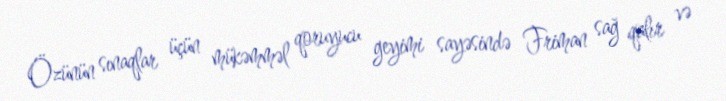
Özünün sınaqlar üçün mükəmməl qoruyucu geyimi sayəsində Friman sağ qalır və